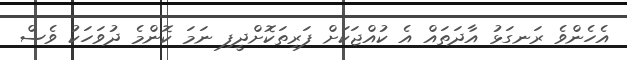
އެހެންވެ ރަނގަޅު އާދަތައް އެ ކުއްޖަކަށް ފަރިތަކޮށްދީފި ނަމަ ކޮންމެ ދުވަހަކު ވެސް